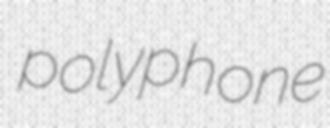
polyphone